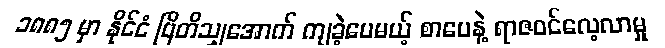
၁၈၈၅ မှာ နိုင်ငံ ဗြိတိသျှအောက် ကျခဲ့ပေမယ့် စာပေနဲ့ ရာဇဝင်လေ့လာမှု